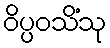
ဝိပ္ပဝသိံသု